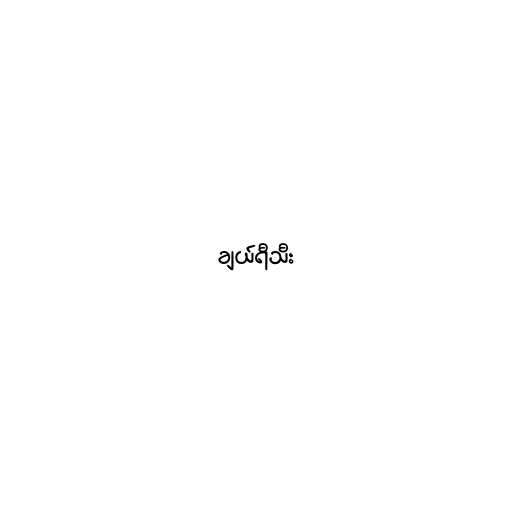
ချယ်ရီသီး